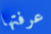
عرفتها